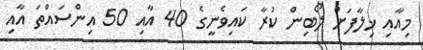
މިއާއި ޚިލާފަށް ލޯބިން ކުރާ ކައިވެނީގެ 40 އާއި 50 އިންސައްތަ އާއި